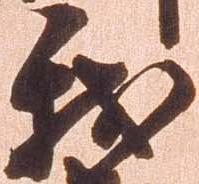
我